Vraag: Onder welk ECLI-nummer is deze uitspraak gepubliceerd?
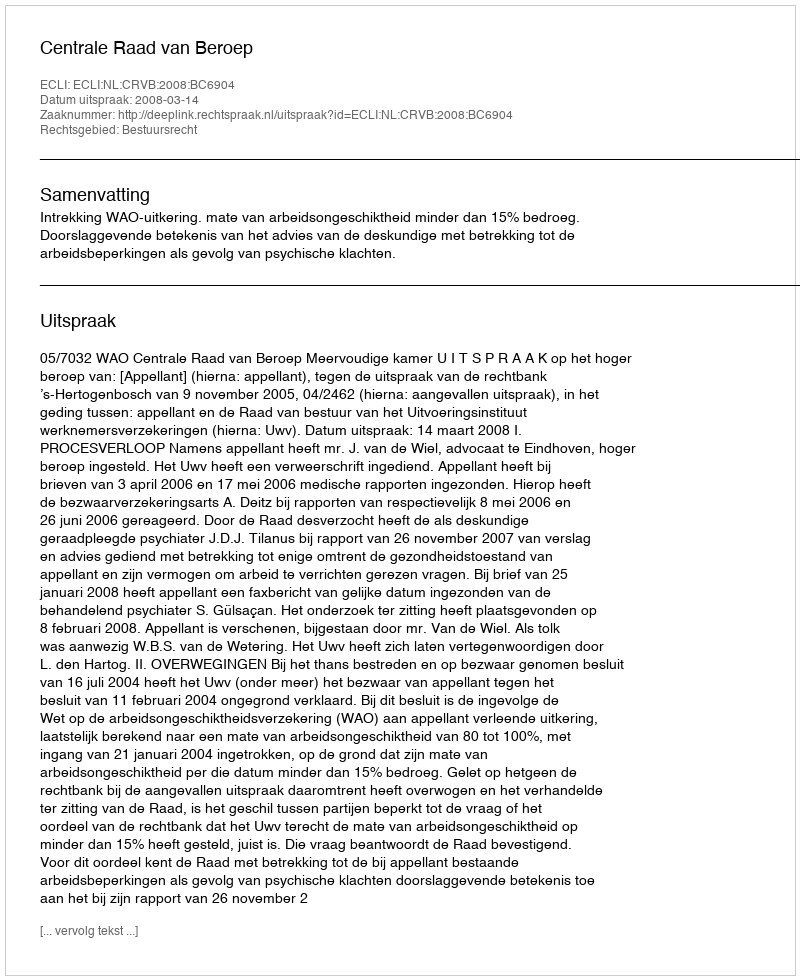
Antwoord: ECLI:NL:CRVB:2008:BC6904